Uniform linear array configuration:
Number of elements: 32
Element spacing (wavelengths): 0.75
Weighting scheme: cosine
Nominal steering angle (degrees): -15
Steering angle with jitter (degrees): -15.226
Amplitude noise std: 0.05
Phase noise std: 0.05

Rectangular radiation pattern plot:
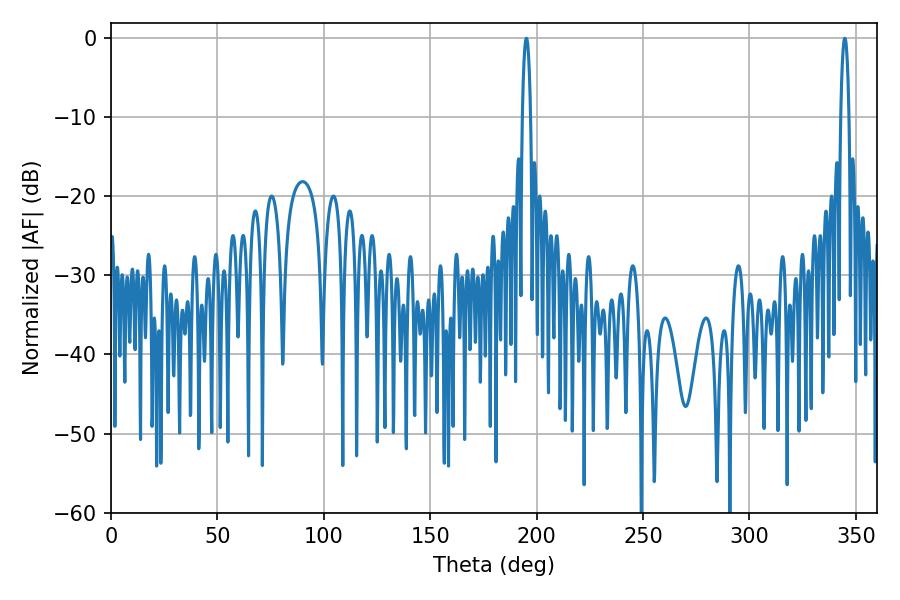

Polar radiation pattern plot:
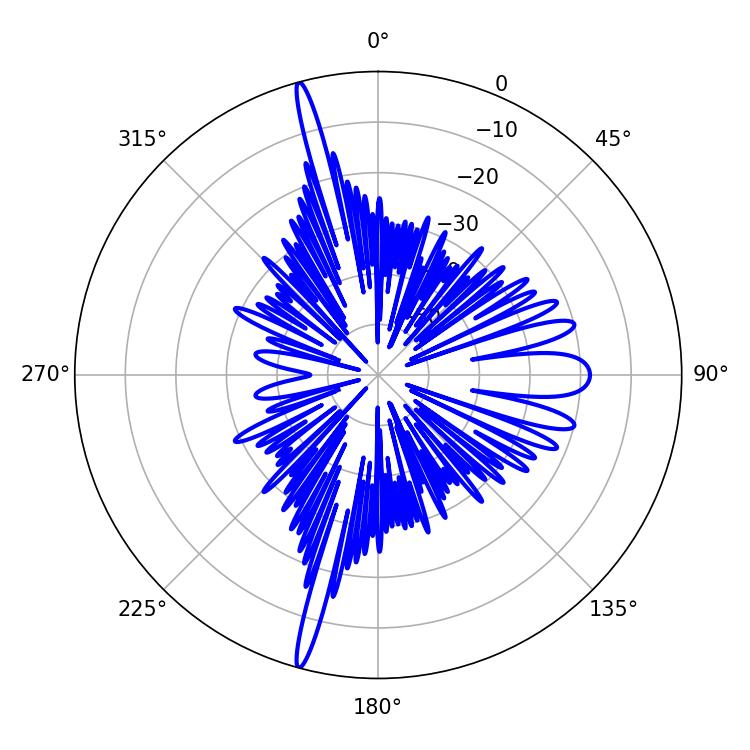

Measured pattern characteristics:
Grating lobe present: TRUE
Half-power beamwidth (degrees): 2.16
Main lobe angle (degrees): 195.12